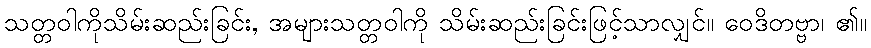
သတ္တဝါကိုသိမ်းဆည်းခြင်း, အများသတ္တဝါကို သိမ်းဆည်းခြင်းဖြင့်သာလျှင်။ ဝေဒိတဗ္ဗာ၊ ၏။